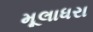
મૂલાધરા